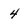
Character: 4